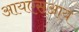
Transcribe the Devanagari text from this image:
आयएसआय